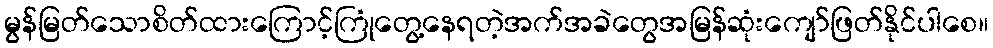
မွန်မြတ်သောစိတ်ထားကြောင့်ကြုံတွေ့နေရတဲ့အက်အခဲတွေအမြန်ဆုံးကျော်ဖြတ်နိုင်ပါစေ။